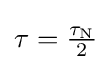
{\textstyle \tau ={\frac {\tau _{\text{N}}}{2}}}